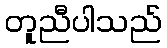
တူညီပါသည်